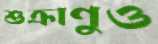
শুক্রাণুও